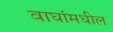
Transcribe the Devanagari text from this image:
वाघांमधील